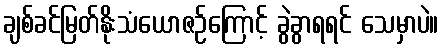
ချစ်ခင်မြတ်နိုးသံယောဇဉ်ကြောင့် ခွဲခွာရရင် သေမှာပဲ။